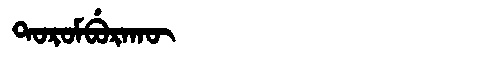
Manchu: ᡨᠣᡵᠣᠮᠪᡠᡵᠠᡴᡡ
Romanization: TOROMBURAKŪ